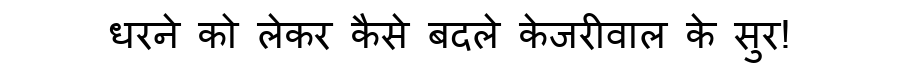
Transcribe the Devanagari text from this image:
धरने को लेकर कैसे बदले केजरीवाल के सुर!